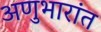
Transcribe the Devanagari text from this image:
अणुभारांत